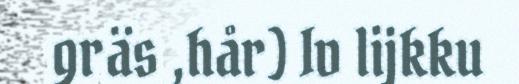
gräs ,hår) Iv lijkku